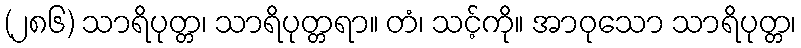
(၂၈၆) သာရိပုတ္တ၊ သာရိပုတ္တရာ။ တံ၊ သင့်ကို။ အာဝုသော သာရိပုတ္တ၊